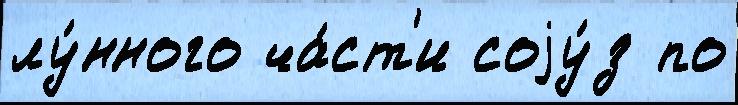
лу́нного ча́ст'и соjу́з по